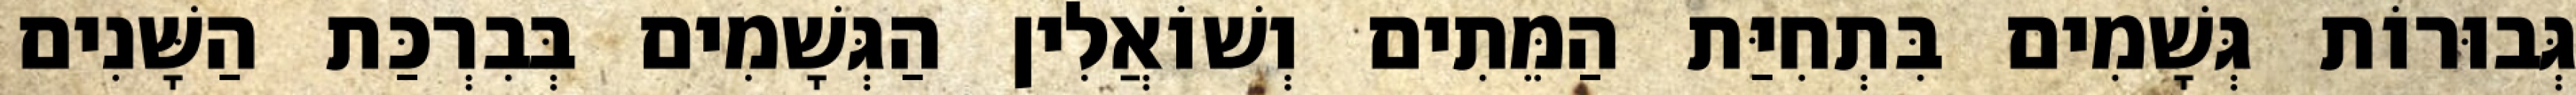
גְּבוּרוֹת גְּשָׁמִים בִּתְחִיַּת הַמֵּתִים וְשׁוֹאֲלִין הַגְּשָׁמִים בְּבִרְכַּת הַשָּׁנִים